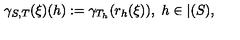
\gamma _ { S , T } ( \xi ) ( h ) : = \gamma _ { T _ { h } } ( r _ { h } ( \xi ) ) , \ h \in \vert ( S ) ,